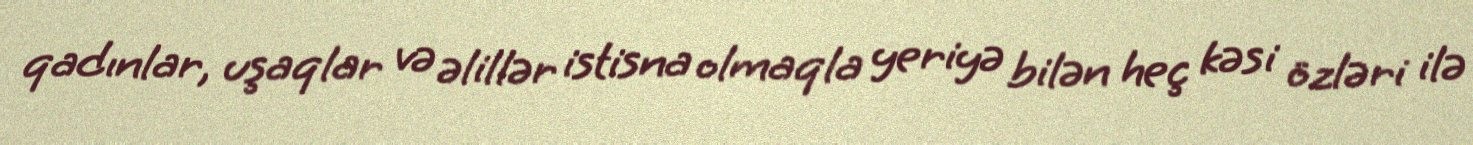
qadınlar, uşaqlar və əlillər istisna olmaqla yeriyə bilən heç kəsi özləri ilə